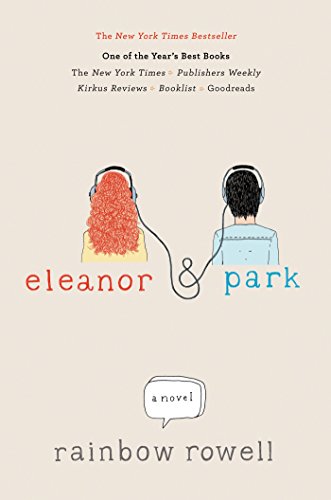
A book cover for Eleanor & Park; Rainbow Rowell; Teen & Young Adult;